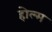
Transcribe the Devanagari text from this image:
होल्म